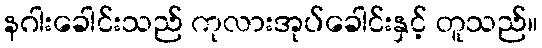
နဂါးခေါင်းသည် ကုလားအုပ်ခေါင်းနှင့် တူသည်။